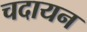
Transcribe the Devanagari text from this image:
चदायन